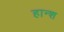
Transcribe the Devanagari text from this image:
हान्श